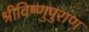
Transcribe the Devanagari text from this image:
श्रीविष्णुपुराण